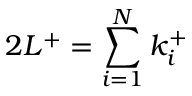
2 L ^ { + } = \sum _ { i = 1 } ^ { N } k _ { i } ^ { + }